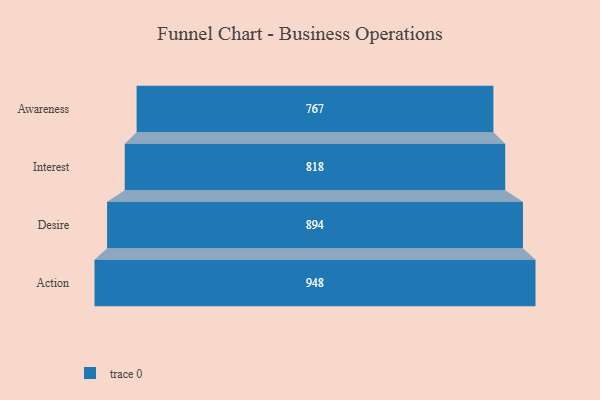
{"axis": {"x": "Stage", "y": "Value"}, "legend": [""], "data": [{"x": "Awareness", "y": 767.0, "type": ""}, {"x": "Interest", "y": 818.0, "type": ""}, {"x": "Desire", "y": 894.0, "type": ""}, {"x": "Action", "y": 948.0, "type": ""}]}